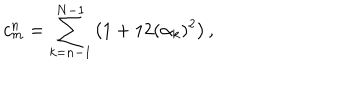
LaTeX: c _ { m } ^ { n } = \sum _ { k = n - 1 } ^ { N - 1 } \big ( 1 + 1 2 ( \alpha _ { k } ) ^ { 2 } \big ) \, ,